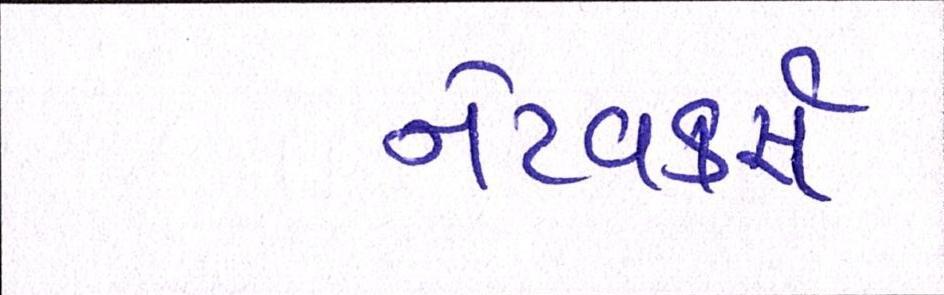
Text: નેટવર્ક્સ